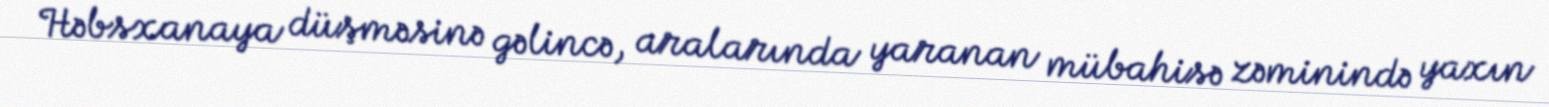
Həbsxanaya düşməsinə gəlincə, aralarında yaranan mübahisə zəminində yaxın